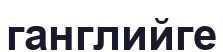
ганглийге